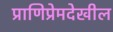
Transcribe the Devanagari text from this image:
प्राणिप्रेमदेखील